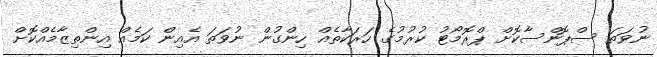
ނުވަތަ ސްޕޮންސާކޮށް ޕްރޮމޯޓު ކުރުމުގެ ހަރަކާތެއް ހިންގުން ނުވަތަ އެއިން ކަމެއް އިންތިޒާމެއްކޮށް